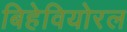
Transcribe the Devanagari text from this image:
बिहेवियोरल